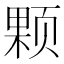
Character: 颗